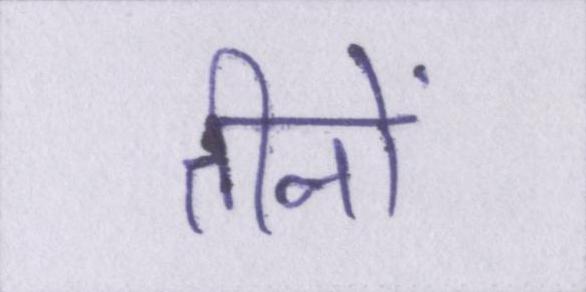
तीनों